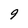
Character: 9